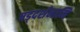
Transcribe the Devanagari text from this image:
षड्दर्शनानि